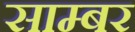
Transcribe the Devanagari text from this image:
साम्बर